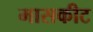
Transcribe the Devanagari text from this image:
मासकीट